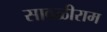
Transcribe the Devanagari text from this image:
सावळीराम